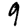
Digit: 9